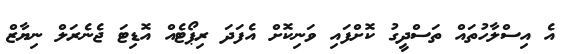
އެ އިސްލާހުތައް ތަސްދީގު ކޮށްފައި ވަނިކޮށް އެފަދަ ރިޕޯޓެއް އޮޑިޓަ ޖެނެރަލް ނިޔާޒް